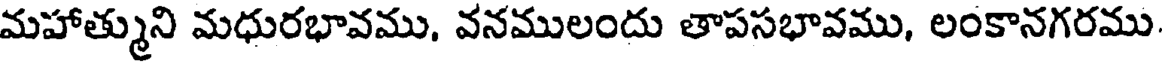
మహాత్ముని మధురభావము, వనములందు తాపసభావము, లంకానగరము.